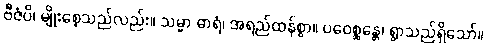
ဗီဇံပိ၊ မျိုးစေ့သည်လည်း။ သမ္မာ ဓာရံ၊ အရည်ထန်စွာ။ ပဝေစ္ဆန္တေ၊ ရွာသည်ရှိသော်။